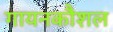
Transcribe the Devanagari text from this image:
गायनकौशल